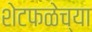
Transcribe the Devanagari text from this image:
शेटफळेच्या